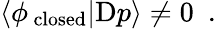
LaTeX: \langle\phi_{\mathrm{\, closed}}|\mathrm{D}p\rangle\not=0~~.